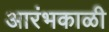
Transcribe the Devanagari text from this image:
आरंभकाळी